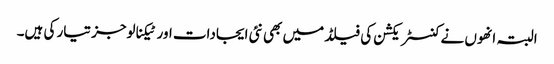
البتہ انھوں نے کنسٹریکشن کی فیلڈ میں بھی نئی ایجادات اور ٹیکنالوجز تیار کی ہیں۔